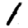
Digit: 1